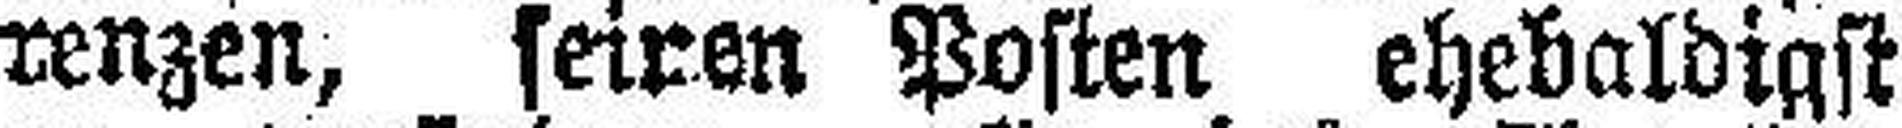
renzen, seiren Posten ehebaldigst